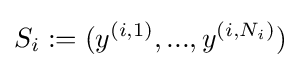
S_{i}:=(y^{(i,1)},...,y^{(i,N_{i})})